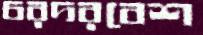
চরদরবেশ